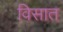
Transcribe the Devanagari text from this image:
विसात